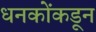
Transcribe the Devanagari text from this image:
धनकोंकडून